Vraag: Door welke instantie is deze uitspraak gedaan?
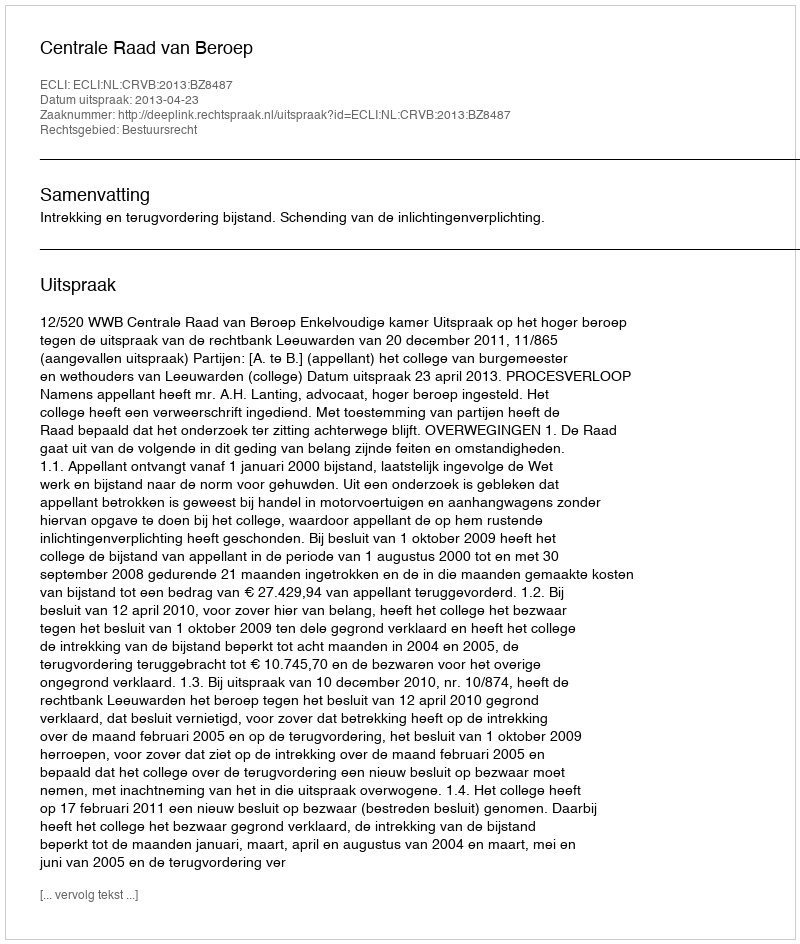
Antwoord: Centrale Raad van Beroep